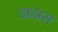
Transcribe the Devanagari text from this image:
दादास